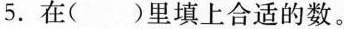
5. 在()里填上合适的数。